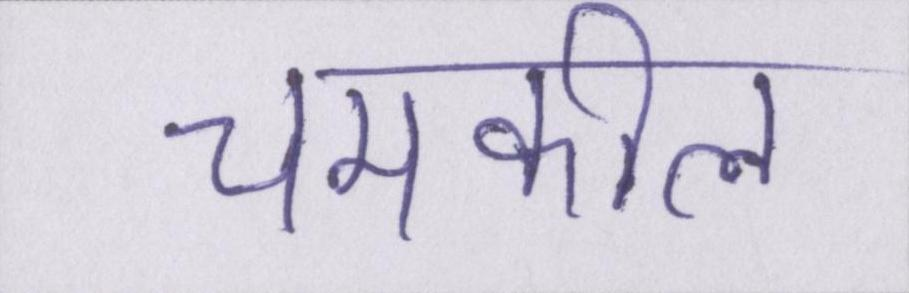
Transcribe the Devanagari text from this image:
चमकीले